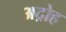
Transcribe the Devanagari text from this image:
अद्रोह